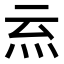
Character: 𭴉